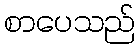
စာပေသည်